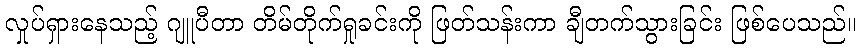
လှုပ်ရှားနေသည့် ဂျူပီတာ တိမ်တိုက်ရှုခင်းကို ဖြတ်သန်းကာ ချီတက်သွားခြင်း ဖြစ်ပေသည်။